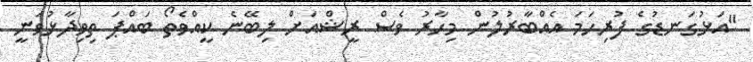
"އަޅުގަނޑުގެ ފުރިހަމަ އެއްބާރުލުން މިހާރު ވެސް ރީޝްއަށް ލިބޭނެ ކީއްވެތޯ ބައްޕަ ތިވިދާޅުވަނީ